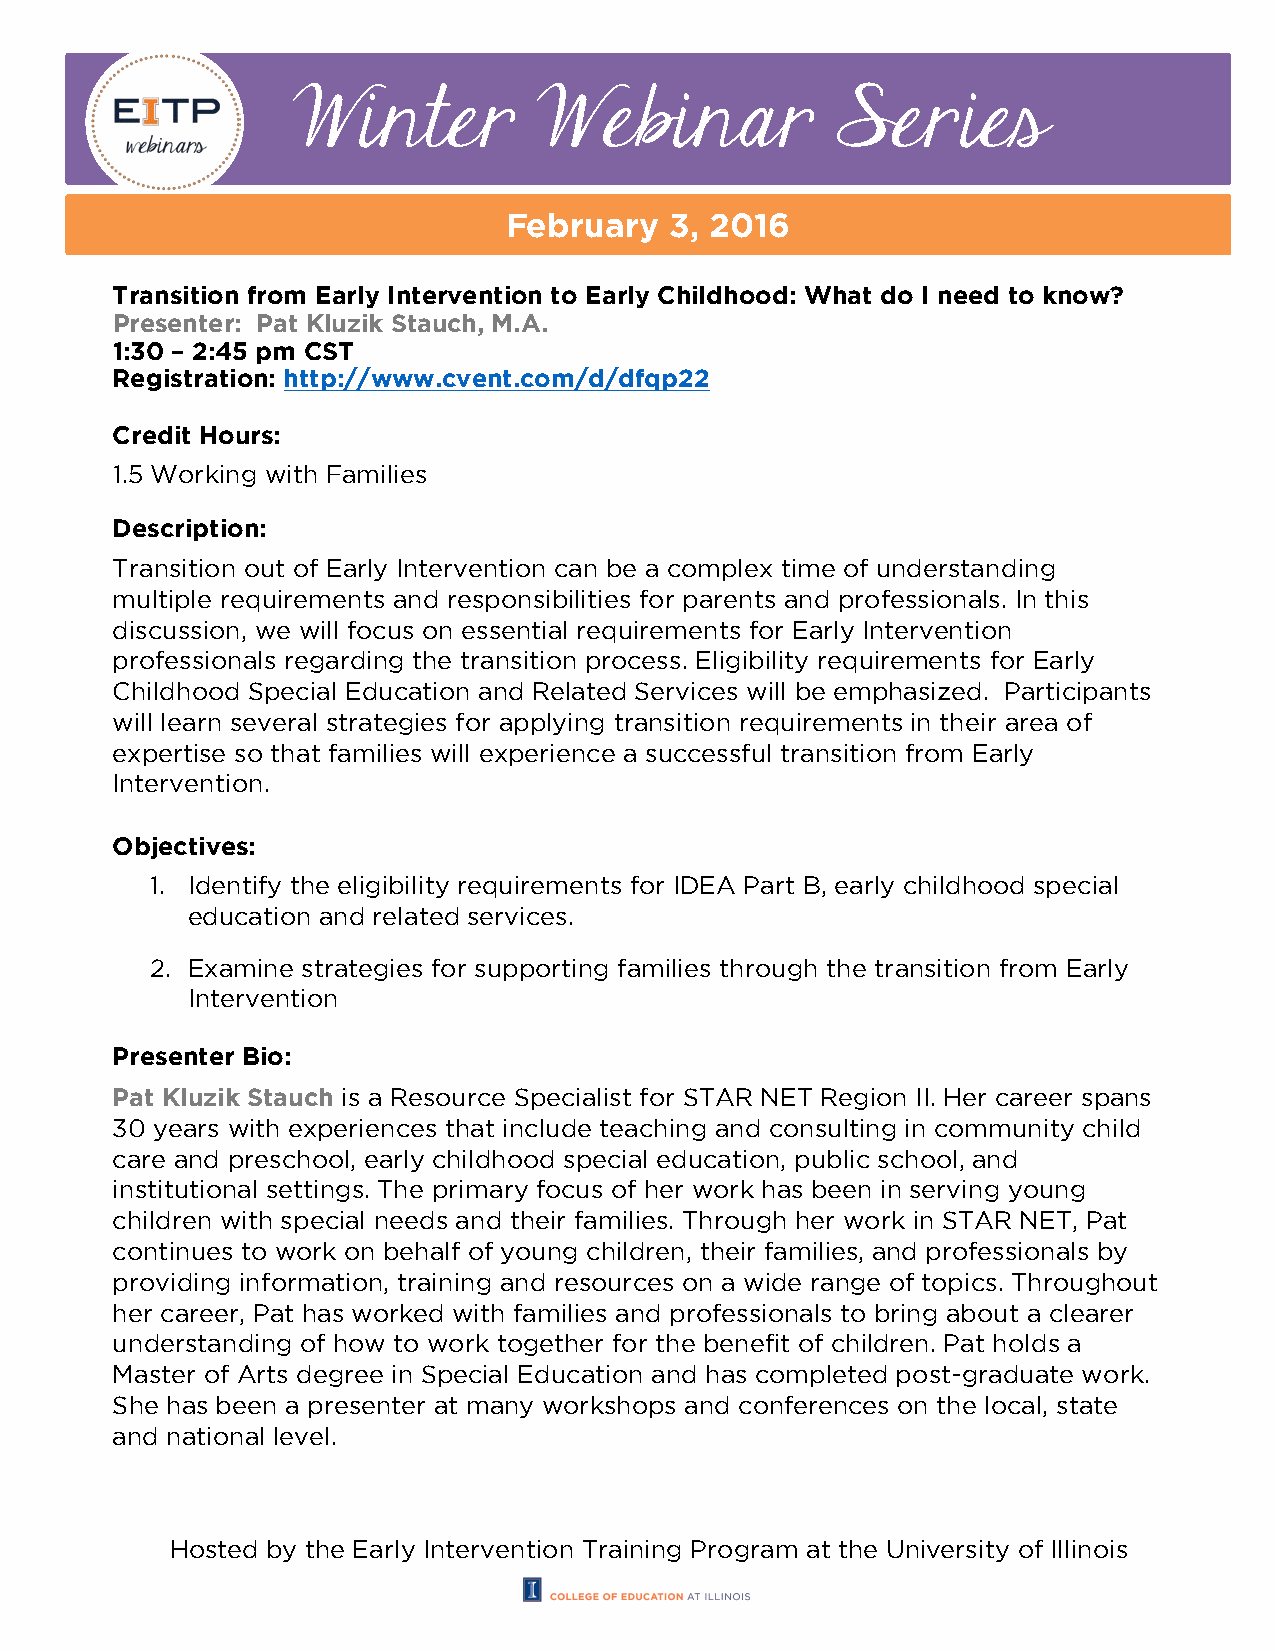
Winter           Webinar            Series
 February   3, 2016
 Transition from Early Intervention to Early Childhood: What do I need to know?
 Presenter: Pat Kluzik Stauch, M.A.
 1:30 – 2:45 pm CST
 Registration: http://www.cvent.com/d/dfqp22
 Credit Hours:
 1.5 Working with Families
 Description:
 Transition out of Early Intervention can be a complex time of understanding
 multiple requirements and responsibilities for parents and professionals. In this
 discussion, we will focus on essential requirements for Early Intervention
 professionals regarding the transition process. Eligibility requirements for Early
 Childhood Special Education and Related Services will be emphasized. Participants
 will learn several strategies for applying transition requirements in their area of
 expertise so that families will experience a successful transition from Early
 Intervention.
 Objectives:
 1. Identify the eligibility requirements for IDEA Part B, early childhood special
 education and related services.
 2. Examine strategies for supporting families through the transition from Early
 Intervention
 Presenter Bio:
 Pat Kluzik Stauch is a Resource Specialist for STAR NET Region II. Her career spans
 30 years with experiences that include teaching and consulting in community child
 care and preschool, early childhood special education, public school, and
 institutional settings. The primary focus of her work has been in serving young
 children with special needs and their families. Through her work in STAR NET, Pat
 continues to work on behalf of young children, their families, and professionals by
 providing information, training and resources on a wide range of topics. Throughout
 her career, Pat has worked with families and professionals to bring about a clearer
 understanding of how to work together for the benefit of children. Pat holds a
 Master of Arts degree in Special Education and has completed post-graduate work.
 She has been a presenter at many workshops and conferences on the local, state
 and national level.
 Hosted by the Early Intervention Training Program at the University of Illinois